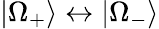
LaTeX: |\Omega_{+}\rangle\leftrightarrow|\Omega_{-}\rangle